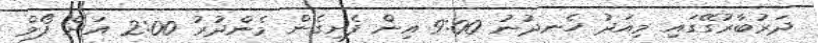
ދަރުބާރުގޭގައި މިއަދު ހެނދުނު 9:00 އިން ފެށިގެން މެންދުރު 2:00 އަށް ފޯމް